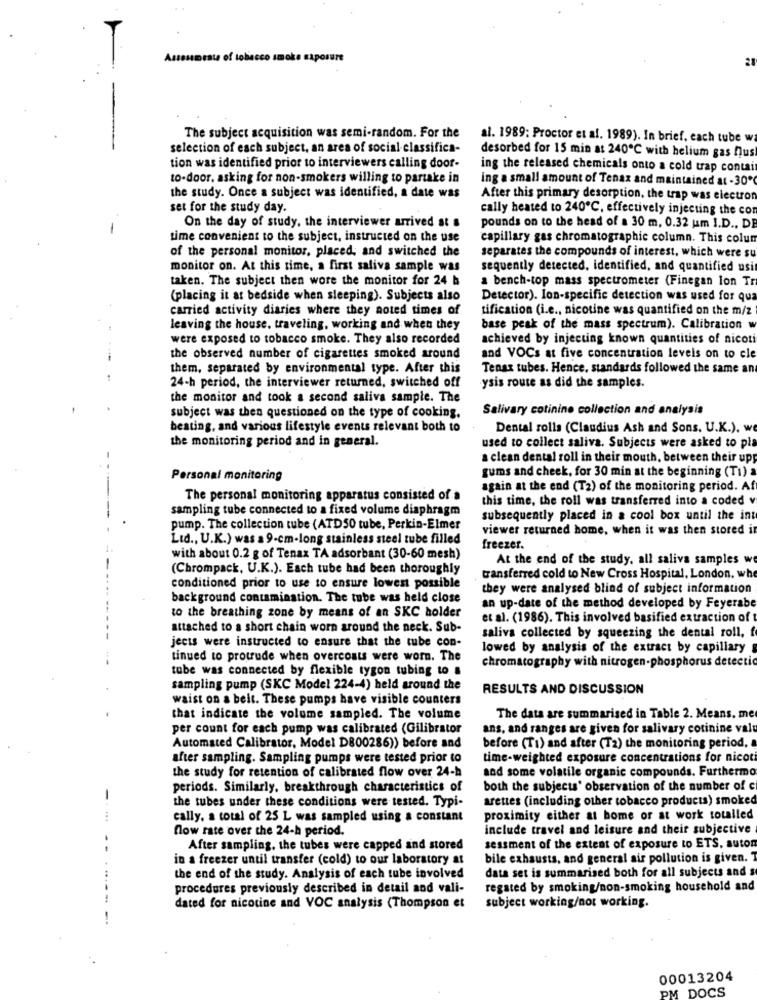
Assessment of tobacco smoke saposure
28
The subject acquisition was semi-random. For the
al. 1989: Proctor et al. 1989). In brief, each tube w
selection of each subject, an area of social classifica-
tion was identified prior to interviewers calling door-
desorbed for 15 min at 240℃ with helium gas hus
ing the released chemicals onto a cold trap contai
to-door, asking for non-smokers willing to partake in
ing a small amount of Tenax and maintained at - 30℃
the study. Once a subject was identified, a date was
After this primary desorption, the trap was electron
set for the study day.
cally heated to 240℃, effectively injecting the cor
-
On the day of study. the interviewer arrived at a
pounds on to the head of a 30 m. 0.32 um I.D ., DE
time convenient to the subject, instructed on the use
capillary gas chromatographic column. This colum
of the personal monitor, placed, and switched the
separates the compounds of interest, which were su
monitor on. At this time, a first saliva sample was
sequently detected, identified, and quantified usi
taken. The subject then wore the monitor for 24 h
a bench-top mass spectrometer (Finegan lon Tr
(placing it at bedside when sleeping). Subjects also
Detector). Ion-specific detection was used for qua
carried activity diaries where they noted times of
tification (i.e ., nicotine was quantified on the m/z
leaving the house, traveling, working and when they
base peak of the mass spectrum). Calibration w
were exposed to tobacco smoke. They also recorded
achieved by injecting known quantities of nicot
the observed number of cigarettes smoked around
and VOCs at five concentration levels on to cle
them, separated by environmental type. After this
Tenax tubes. Hence. standards followed the same an
24-h period, the interviewer returned, switched off
ysis route as did the samples.
the monitor and took a second saliva sample. The
Salivary cotinine collection and analysis
subject was then questioned on the type of cooking.
beating, and various lifestyle events relevant both to
Dental rolls (Claudius Ash and Sons. U.K.), we
the monitoring period and in general.
used to collect saliva. Subjects were asked to pla
a clean dental roll in their mouth, between their upp
Personal monitoring
gums and cheek, for 30 min at the beginning (Ti) a
again at the end (T2) of the monitoring period. Af
The personal monitoring apparatus consisted of a
this time, the roll was transferred into a coded v
sampling tube connected to a fixed volume diaphragm
subsequently placed in a cool box until the int
pump. The collection tube (ATD50 tube, Perkin-Elmer
viewer returned home, when it was then stored in
Lid ., U.K.) was a 9-cm-long stainless steel tube filled
freezer.
with about 0.2 g of Tenax TA adsorbant (30-60 mesh)
At the end of the study, all saliva samples we
(Chrompack, U.K.). Each tube had been thoroughly
transferred cold to New Cross Hospital, London. whe
conditioned prior to use to ensure lowest possible
they were analysed blind of subject information
background contamination. The tube was held close
an up-date of the method developed by Feyerabe
to the breathing zone by means of an SKC holder
et al. (1986). This involved basified extraction of
attached to a short chain worn around the neck. Sub-
jects were instructed to ensure that the tube con-
saliva collected by squeezing the dental roll, f
lowed by analysis of the extract by capillary
tinued to protrude when overcoats were worn. The
chromatography with nitrogen-phosphorus detectio
tube was connected by flexible tygon tubing to
sampling pump (SKC Model 224-4) held around the
RESULTS AND DISCUSSION
waist on a beit. These pumps have visible counters
that indicate the volume sampled. The volume
The data are summarised in Table 2. Means. me
per count for each pump was calibrated (Gilibrator
ans, and ranges are given for salivary cotinine val
Automated Calibrator, Model D800286)) before and
before (Ti) and after (T2) the monitoring period,
after sampling. Sampling pumps were tested prior to
time-weighted exposure concentrations for nicoti
and some volatile organic compounds. Furthermo
the study for retention of calibrated flow over 24-h
periods. Similarly, breakthrough characteristics of
both the subjects' observation of the number of c
the tubes under these conditions were tested. Typi-
arettes (including other tobacco products) smoked
cally, a total of 25 L was sampled using a constant
proximity either at home or at work totalled
flow rate over the 24-h period.
include travel and leisure and their subjective
After sampling, the tubes were capped and stored
sessment of the extent of exposure to ETS, auton
in a freezer until transfer (cold) to our laboratory at
bile exhausts, and general air pollution is given. T
data set is summarised both for all subjects and s
the end of the study. Analysis of each tube involved
procedures previously described in detail and vali-
regated by smoking/non-smoking household and
dated for nicotine and VOC analysis (Thompson et
subject working/not working.
00013204
PM DOCS